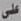
على